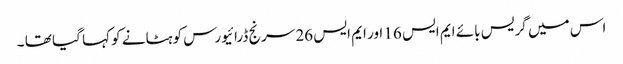
اس میں گریس بائے ایم ایس 16 اور ایم ایس 26 سرنج ڈرائیورس کو ہٹانے کو کہا گیا تھا ۔